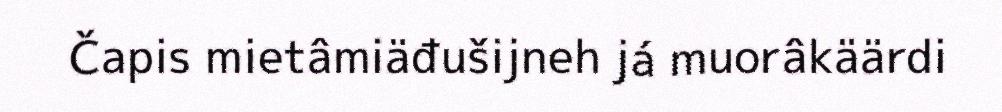
Čapis mietâmiäđušijneh já muorâkäärdi